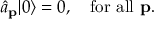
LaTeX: { \hat { a } } _ { \mathbf { p } } | 0 \rangle = 0 , \quad { \mathrm { f o r ~ a l l ~ } } \mathbf { p } .